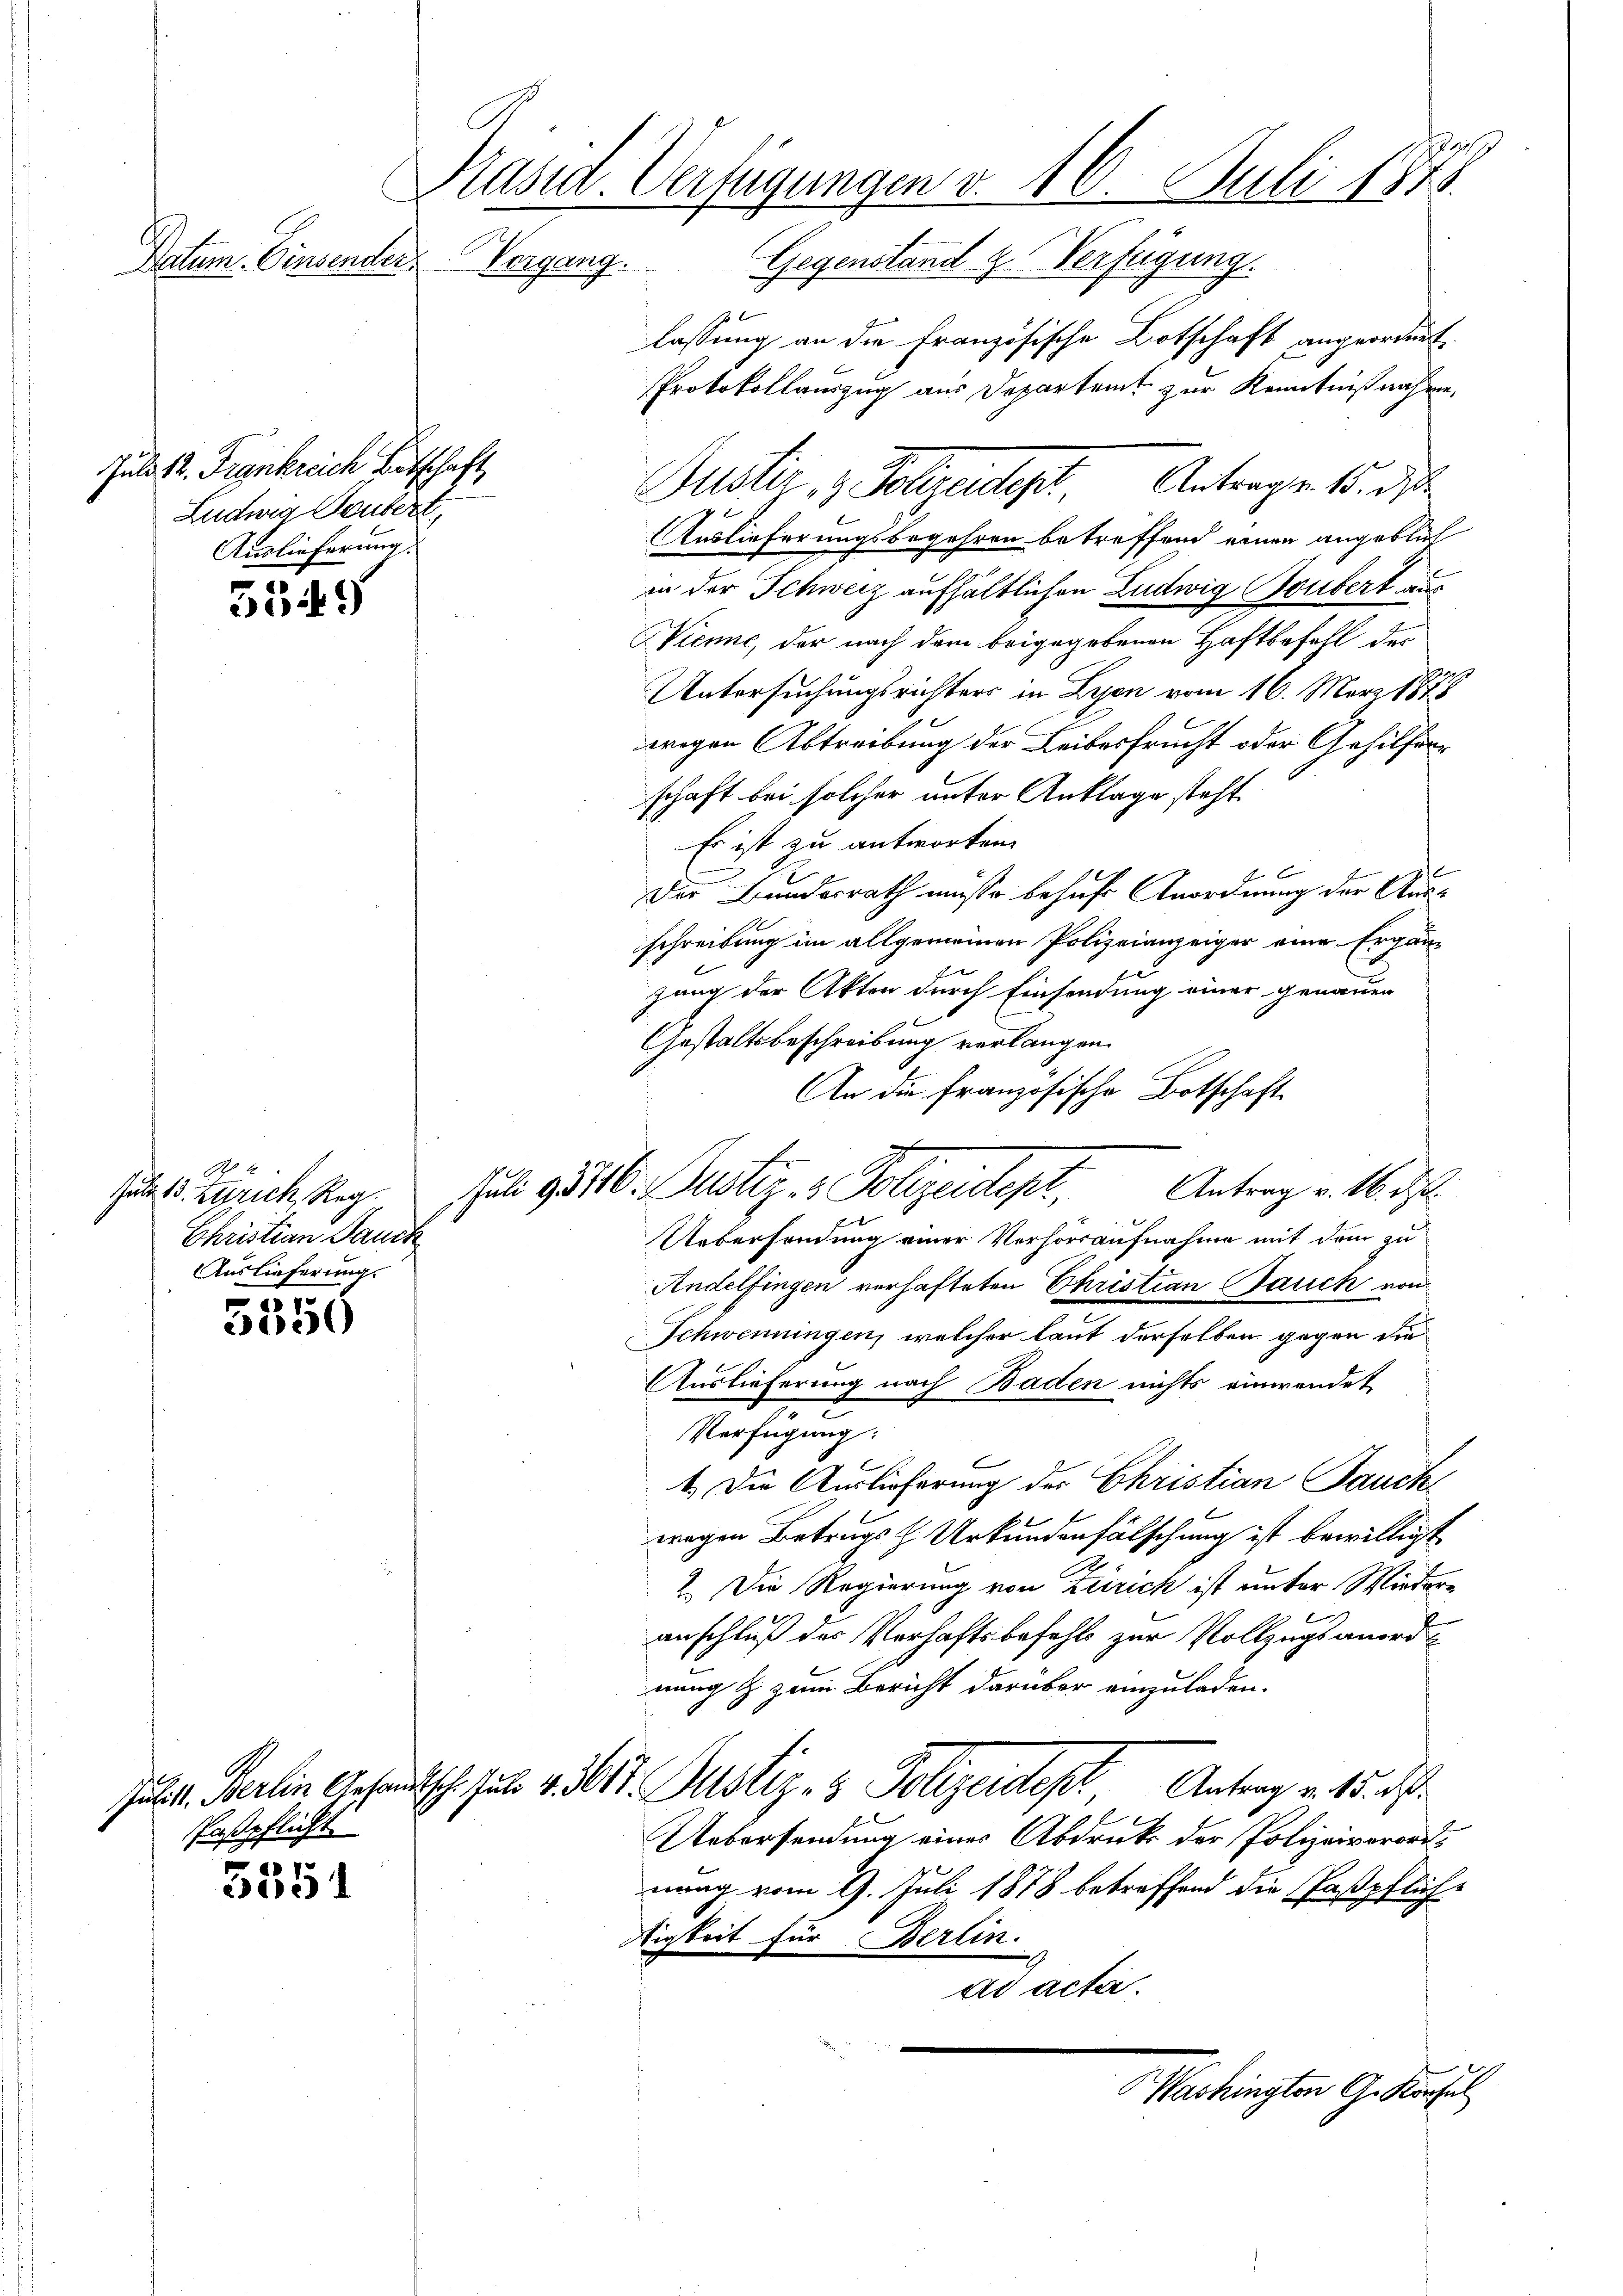
89
Präsid. Verfügungen v. 16. Juli 1878.
2
Datum. Einsender
Gegenstand z. Verfügung.

Juli 12. Frankreich Betschaft,
Ludwig Deubert
Auslieferung

5549

S. 2
Gute 13. Zürich, Reg.
Christian Danck
Auslieferung.

5
2)

aßpflicht.

3551

lassung an die Französische Botschaft angeordnet.
Protokollauszug aus Departent zur Kenntnißnahme,

Auslieferungsbegehren betreffend einen angeblich
in der Schweiz aufhältlichen Ludwig Soubert aus
Kienne, der nach dem beigegebenen Haftbefehl der
Untersuchungsrichters in Lyon vom 16. März 1878
wegen Abtreibung der Leibesfrucht oder Gehilferschaft bei solcher unter Anklage steht.
Es ist zu antworten.
Der Bundesrath müsse behufs Anordnung der Ausschreibung im allgemeinen Polizeianzeiger eine Ergänzung der Akten durch Einsendung einer genauen
Gestaltsbeschreibung verlangen.
An die französische Botschaft
Uebersendung einer Verhörsaufnahme mit dem zu
Andelfingen verhafteten Christian auch von
Schwenningen, welcher laut derselben gegen die
Auslieferung nach Baden nichts einwendet
Verfügung:
1.) Die Auslieferung des Christian Jauch
wegen Betrugs H. Urkundenfälschung ist bewilligt
2. Die Regierung von Zürich ist unter Wieder-
anschluß des Verhaftsbefehls zur Vollzugsanordnung & zum Bericht darüber einzuladen.
Juli d. Berlin Gesandtsch seit 13617. Justiz- & Polizeides Antrag v. 15. ds.
Uebersendung eines Abdruck der Polizeivororts
mung vom 9. Juli 1878 betreffend die Paßpfliche
tigkeit für Berlin.
ad acter.
Washingten Gesuchel

Justiz, z. Polizeident Antragen 15. di

Juli 1816. Justiz- & Polizeidept. Antrag v. 16. d.